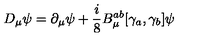
D _ { \mu } \psi = \partial _ { \mu } \psi + \frac { i } { 8 } B _ { \mu } ^ { a b } [ \gamma _ { a } , \gamma _ { b } ] \psi